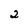
Character: 2